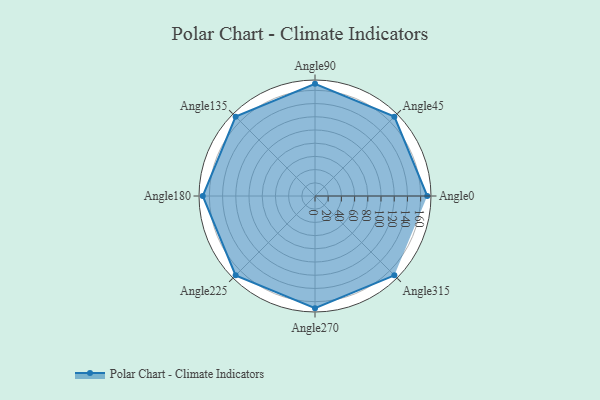
{"axis": {"x": "Angle", "y": "Radius"}, "legend": [""], "data": [{"x": "Angle0", "y": 170, "type": ""}, {"x": "Angle45", "y": 170, "type": ""}, {"x": "Angle90", "y": 170, "type": ""}, {"x": "Angle135", "y": 170, "type": ""}, {"x": "Angle180", "y": 170, "type": ""}, {"x": "Angle225", "y": 170, "type": ""}, {"x": "Angle270", "y": 170, "type": ""}, {"x": "Angle315", "y": 170, "type": ""}]}